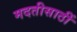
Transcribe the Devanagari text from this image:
मदतीसाठीं